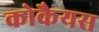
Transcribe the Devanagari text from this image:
कोकैयस